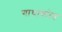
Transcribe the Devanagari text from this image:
गाथाकोष